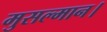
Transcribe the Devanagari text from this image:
मुसल्मान।